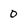
Character: 0